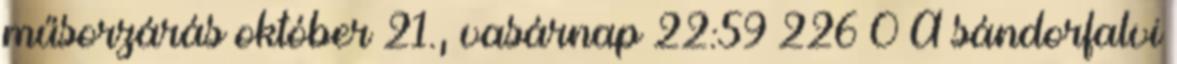
műsorzárás október 21., vasárnap 22:59 226 0 A sándorfalvi